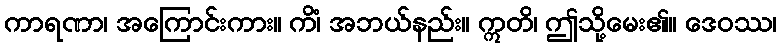
ကာရဏာ၊ အကြောင်းကား။ ကိံ၊ အဘယ်နည်း။ ဣတိ၊ ဤသို့မေး၏။ ဒေဝဿ၊